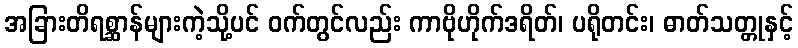
အခြားတိရစ္ဆာန်များကဲ့သို့ပင် ဝက်တွင်လည်း ကာဗိုဟိုက်ဒရိတ်၊ ပရိုတင်း၊ ဓာတ်သတ္တုနှင့်